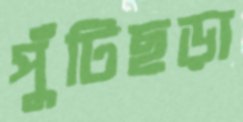
পুঁটিছড়া